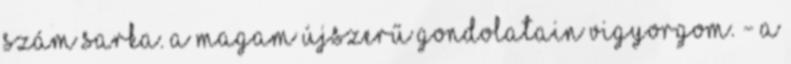
szám sarka. A magam újszerű gondolatain vigyorgom. - A